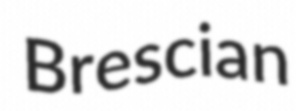
Brescian